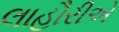
લાહૌરીએ